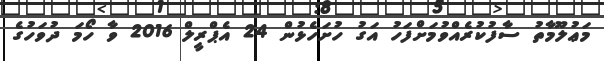
މަޢުލޫމާތު ސާފުކުރެއްވުމަށްފަހު އަގު ހުށަހެޅުން 24 އެޕްރީލް 2016 ވާ ހޯމަަ ދުވަހުގެ